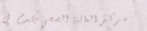
مركز العافية الصحي يقدم ل